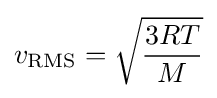
v_{\text{RMS}}={\sqrt {3RT \over M}}